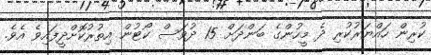
ކުރިން ހައްޔަރުކުރި ދެ މީހުންގެ ބަންދަށް 15 ދުވަސް ކޯޓުން އިތުރުކޮށްދީފައިވެ އެވެ.